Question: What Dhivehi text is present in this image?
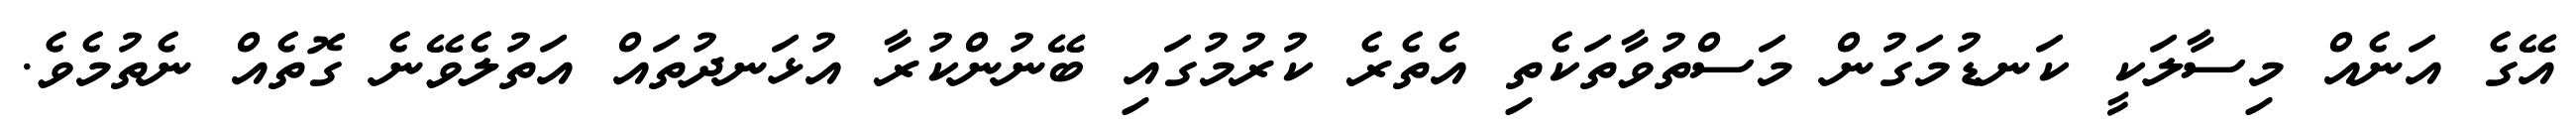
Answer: އޭގެ އަނެއް މިސާލަކީ ކަނޑުމަގުން މަސްތުވާތަކެތި އެތެރެ ކުރުމުގައި ބޭނުންކުރާ އުޅަނދުތައް އަތުލެވޭނެ ގޮތެއް ނެތުމެވެ.